Scottish Leaving Certificate Examination, 1954
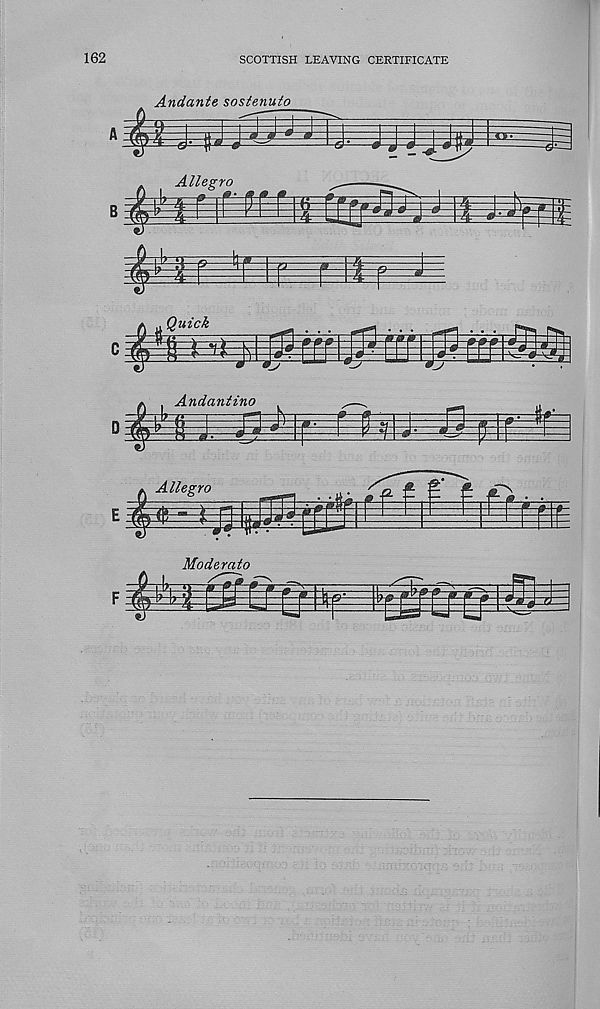
162
SCOTTISH LEAVING CERTIFICATE
P
Andante sostenuto
Allegro
^ r
3 . ■ :... ag'
Quick
s t ii m
rrri
irrl-S? rhitSh^
0 * d j U1 “ J
_ja
Andantino
£
& 0b
m g
Moderate